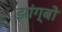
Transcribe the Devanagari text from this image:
झांग्बो